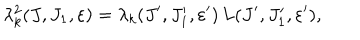
\lambda _ { k } ^ { 2 } ( J , J _ { 1 } , \varepsilon ) = \lambda _ { k } ( J ^ { \prime } , J _ { 1 } ^ { \prime } , \varepsilon ^ { \prime } ) \, L ( J ^ { \prime } , J _ { 1 } ^ { \prime } , \varepsilon ^ { \prime } ) ,